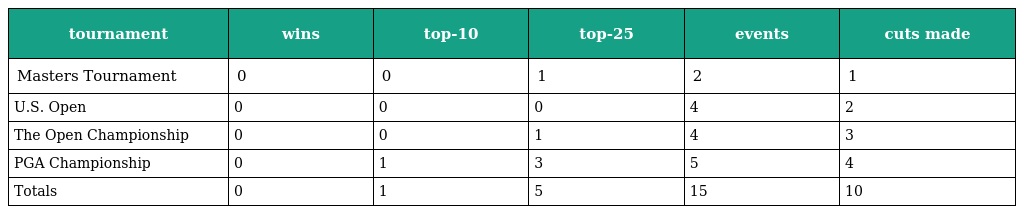
| tournament | wins | top-10 | top-25 | events | cuts made |
 | --- | --- | --- | --- | --- | --- |
 | Masters Tournament | 0 | 0 | 1 | 2 | 1 |
 | U.S. Open | 0 | 0 | 0 | 4 | 2 |
 | The Open Championship | 0 | 0 | 1 | 4 | 3 |
 | PGA Championship | 0 | 1 | 3 | 5 | 4 |
 | Totals | 0 | 1 | 5 | 15 | 10 |